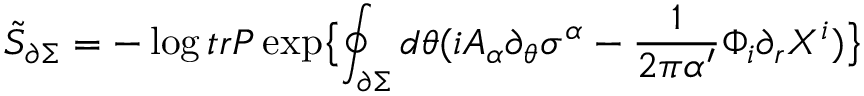
\tilde { S } _ { \partial \Sigma } = - \log t r P \exp \bigl \lbrace \oint _ { \partial \Sigma } d \theta ( i A _ { \alpha } \partial _ { \theta } \sigma ^ { \alpha } - \frac { 1 } { 2 \pi \alpha ^ { \prime } } \Phi _ { i } \partial _ { r } X ^ { i } ) \bigr \rbrace